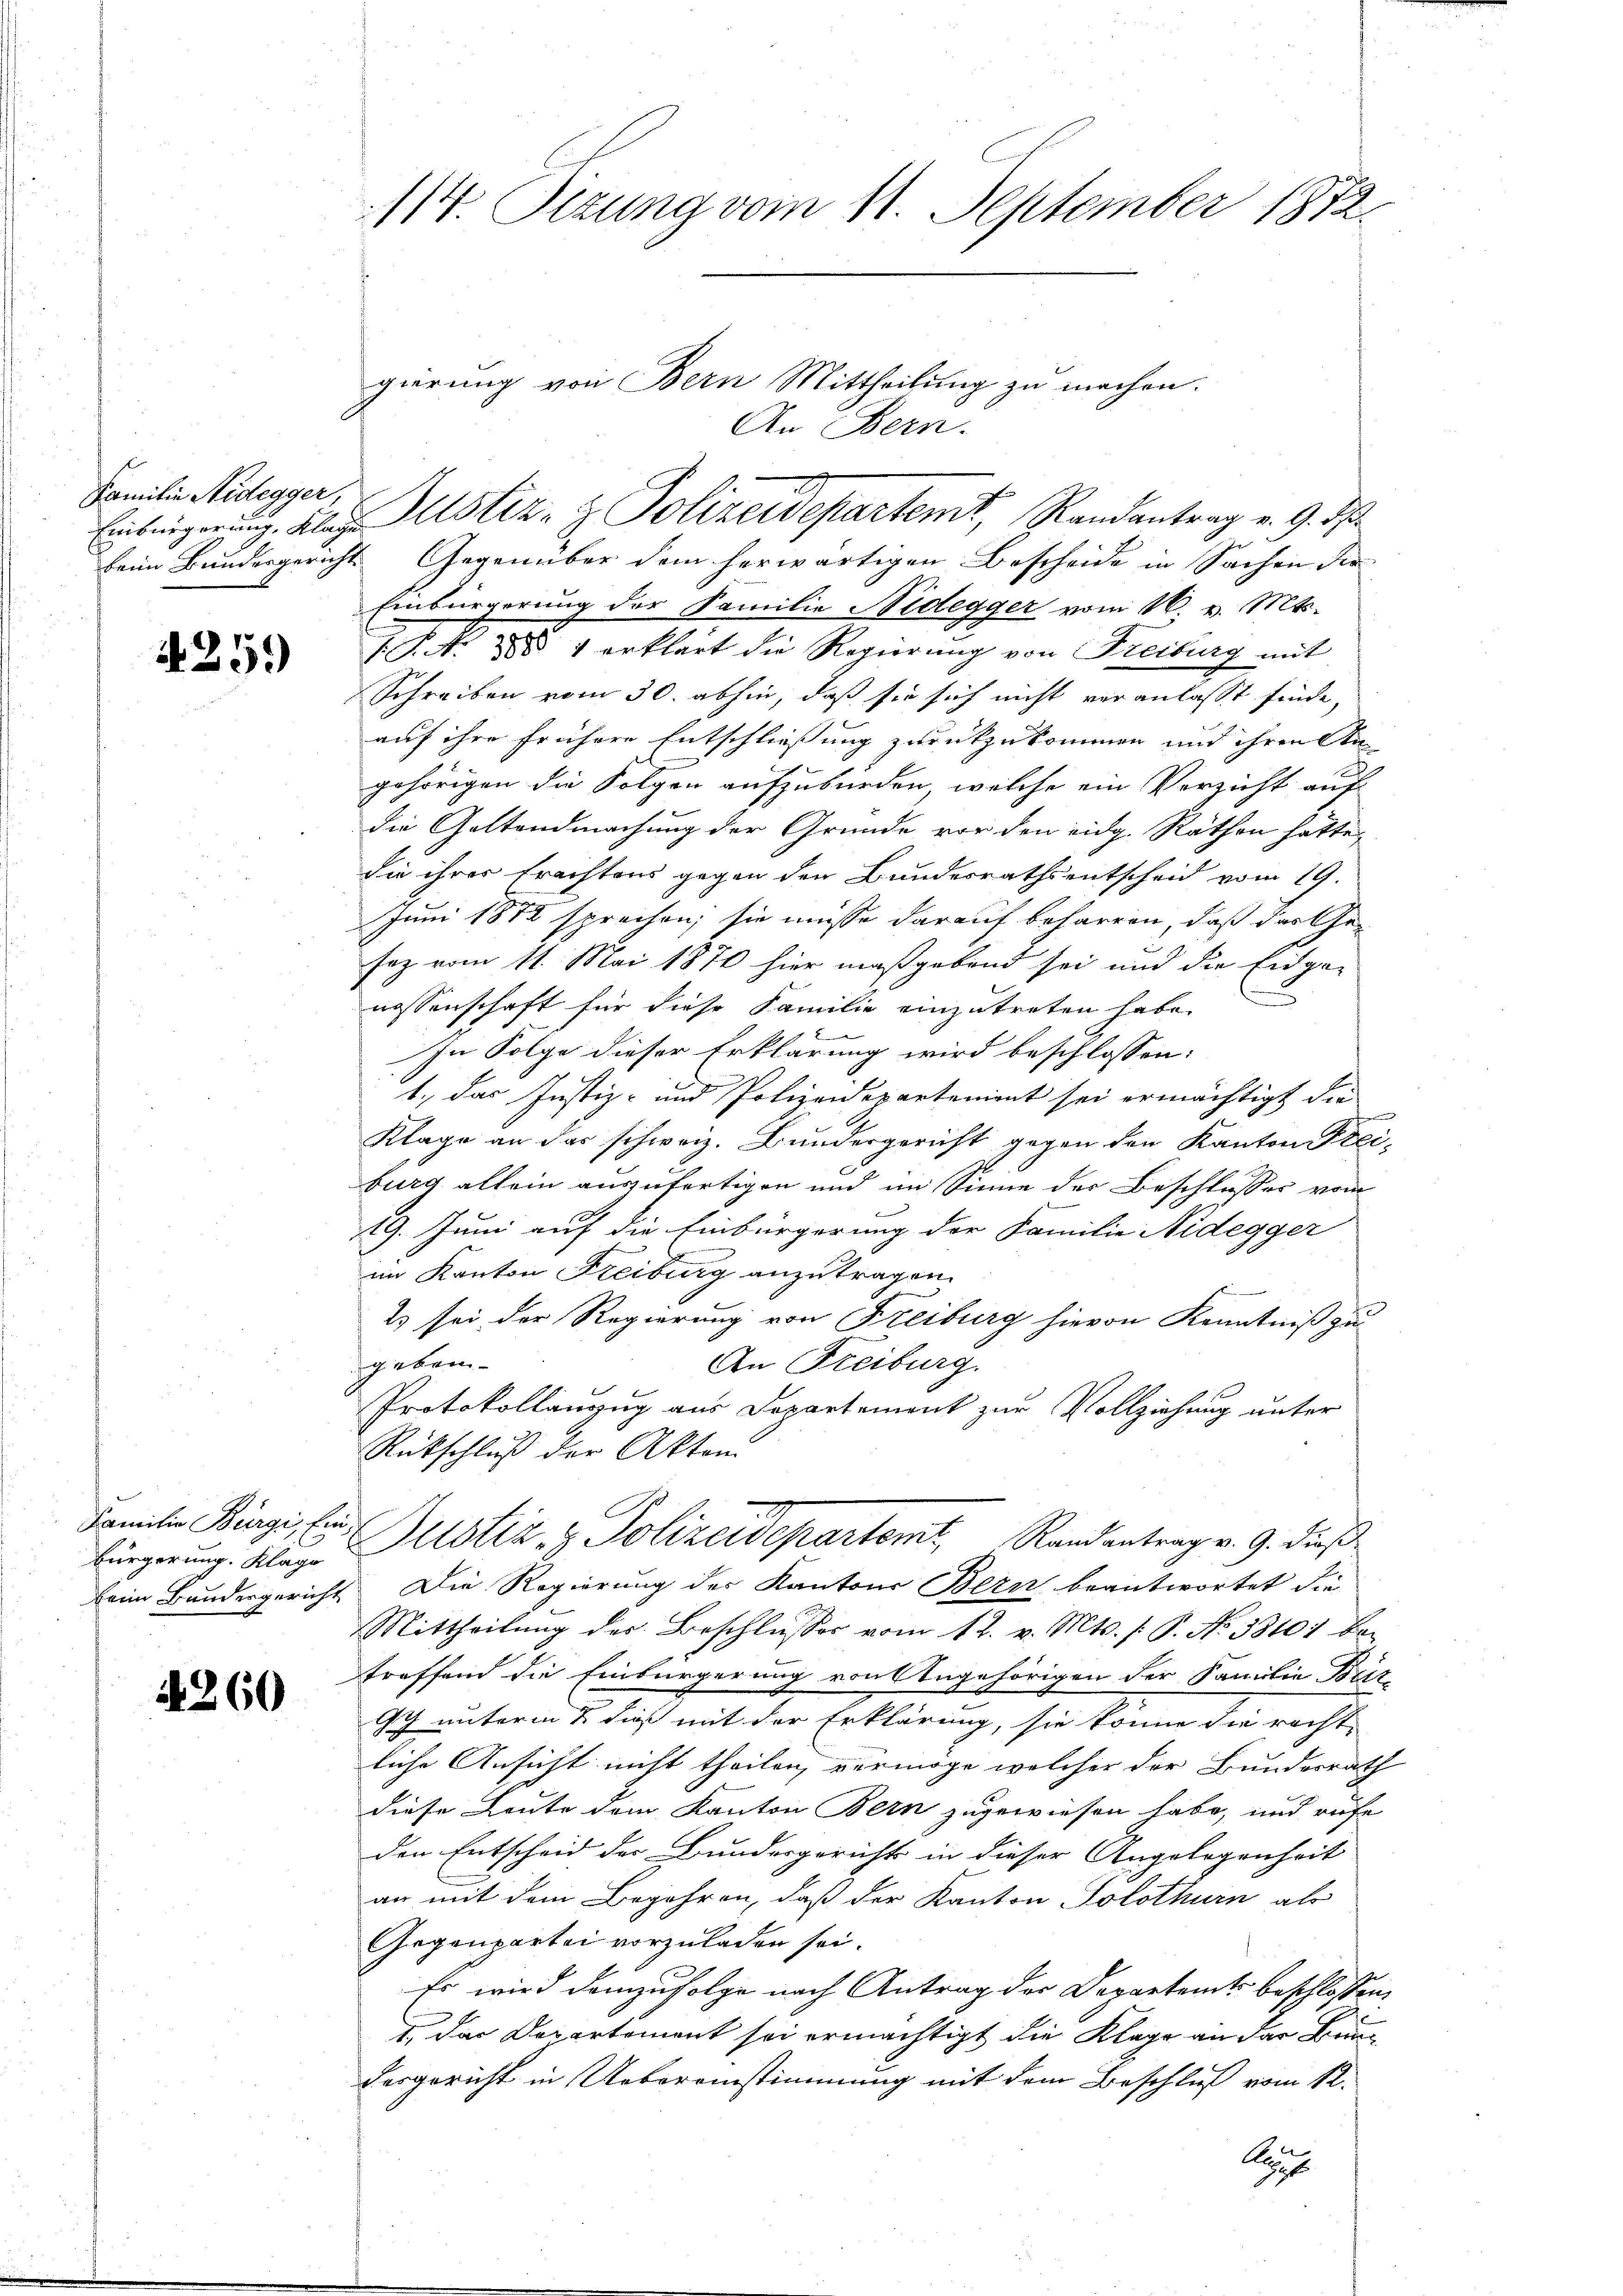
Familien Nidegger,

4259

Bürgerung. Klage

A 260

114. Sizung vom 11. September 1872.

beim Bundesgericht. Gegenüber dem herwärtigen Bescheide in Sachen der
Einbürgerung der Familie Nidegger vom 16. v. Mts.
.P. N. 285 1 erklärt die Regierung von Freiburg mit
Schreiben vom 30. abhin, daß sie sich nicht veranlaßt finde,
auf ihre frühere Entschließung zurückzukommen und ihren An
gehörigen die Folgen aufzubürden, welche ein Verzicht auf
die Gattendmachung der Gründe vor den eidg. Räthen hätte,
die ihrer Erachtens gegen den Bundesraths entscheid vom 19.
Juni 1872 sprachen; sie müsse darauf beharren, daß darthasaz vom 11. Mai 1870 hier maßgebend sei und die Eidge-
nossenschaft für diese Familie einzutreten habe.
In Folge dieser Erklärung wird beschlossen:
1., das Justiz- und Polizeidepartement sei ermächtigt die
Klage an das schweiz. Bundergericht gegen den Kanton Frei
burg allein auszufertigen und im Sinne der Beschlusses vom
119. Juni auf die Einbürgerung der Familie Nidegger
im Kanton Freiburg anzutragen.
2 sei der Regierung von Freiburg hievon Kenntniß zu
gekom-
An Freiburg.
Protokollanzug aus Departement zur Vollziehung unter
Rückschluß der Akten
Familie Bürgi, la Justiz & Polizeidepartemt, Randantrag v. 9. dieß
beim Bundergericht. Die Regierung der Kantons Bern beantwortet die
Mittheilung der Beschlusses vom 12. v. Mts. (: P. No. 58101 betreffend die Einbürgerung von Angehörigen der Familie Bet
Ich unterm 2. dieß mit der Erklärung, sie könne die recht-
liche Ansicht nicht theilen, vermöge welcher der Bunderrath
diese Leute dem Kanton Bern zugewiesen habe, und rufe
den Entscheid der Bundesgericht in dieser Angelegenheit
an mit dem Begehren, daß der Kanton Solothurn als
Gegenpartei vorzuladen sei.
Es wird demzufolge nach Antrag der Departents beschlossen
1. Das Departement sei ermächtigt die Klage an der Bundesgericht in Uebereinstimmung mit dem Beschluß vom 12.
Si

gierung von Bern Mittheilung zu machen.
An Bern.
Einbringerung. Klage. Altstiz- & Polizeidepartemt, Randantrag v. 9. ds

le